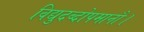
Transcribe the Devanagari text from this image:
विद्युदब्दोपमानौ।